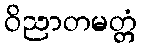
ဝိညာတမတ္တံ